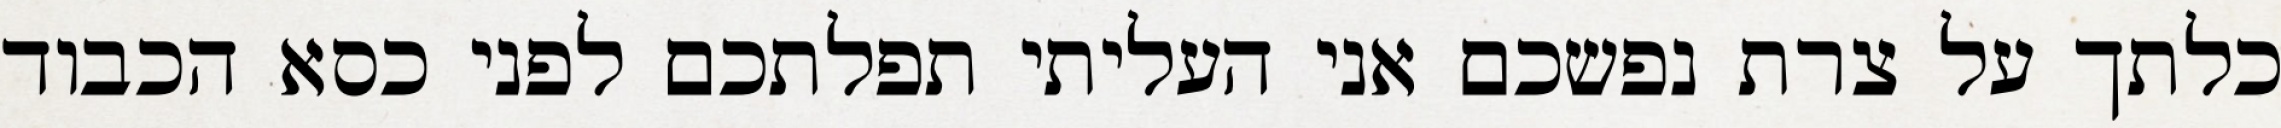
כלתך על צרת נפשכם אני העליתי תפלתכם לפני כסא הכבוד